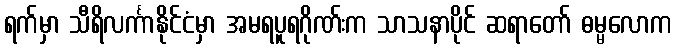
ရက်မှာ သီရိလင်္ကာနိုင်ငံမှာ အမရပူရဂိုဏ်းက သာသနာပိုင် ဆရာတော် ဓမ္မလောက